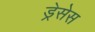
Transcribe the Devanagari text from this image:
ड्रेसेस